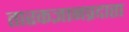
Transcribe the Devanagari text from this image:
तारकज्ञानप्रदाता